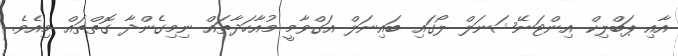
އާއި ޕަބްލިކް އިންޓަނޭޝަނަލް ލޯގައި ބައިނަލް އަގްވާމީ މުއާހަދާތައް ނިމިގެންދާ ގޮތްތައް މިއެވެ.